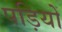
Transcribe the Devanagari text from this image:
पड़ियों